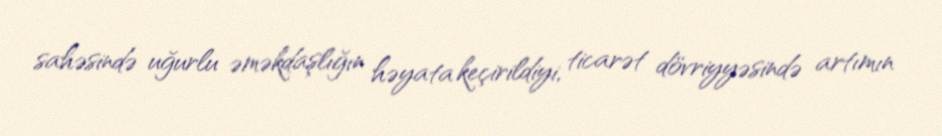
sahəsində uğurlu əməkdaşlığın həyata keçirildiyi, ticarət dövriyyəsində artımın